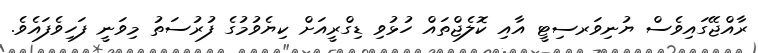
ރާއްޖޭގައިވެސް ޔުނިވަރސިޓީ އާއި ކޮލެޖްތައް ހުޅުވި ޑިގްރީއަށް ކިޔެވުމުގެ ފުރުސަތު މިވަނީ ފަހިވެފައެވެ.